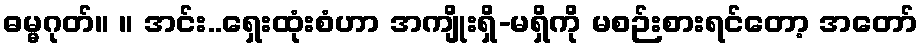
ဓမ္မဂုတ်။ ။ အင်း..ရှေးထုံးစံဟာ အကျိုးရှိ-မရှိကို မစဉ်းစားရင်တော့ အတော်